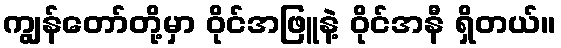
ကျွန်တော်တို့မှာ ဝိုင်အဖြူနဲ့ ဝိုင်အနီ ရှိတယ်။